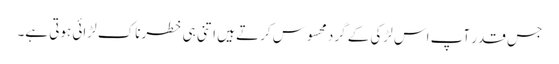
جس قدر آپ اس لڑکی کے گرد محسوس کرتے ہیں اتنی ہی خطرناک لڑائی ہوتی ہے۔